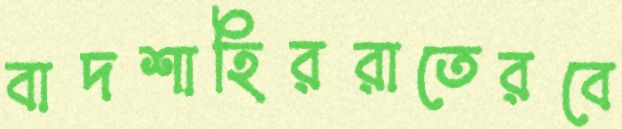
বাদশাহিররাতেরবে